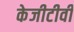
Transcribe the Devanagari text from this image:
केजीटीवी